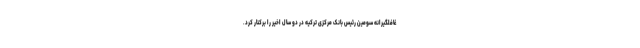
غافلگیرانه سومین رئیس بانک مرکزی ترکیه در دو سال اخیر را برکنار کرد.